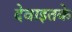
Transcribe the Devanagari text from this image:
देवाइतके